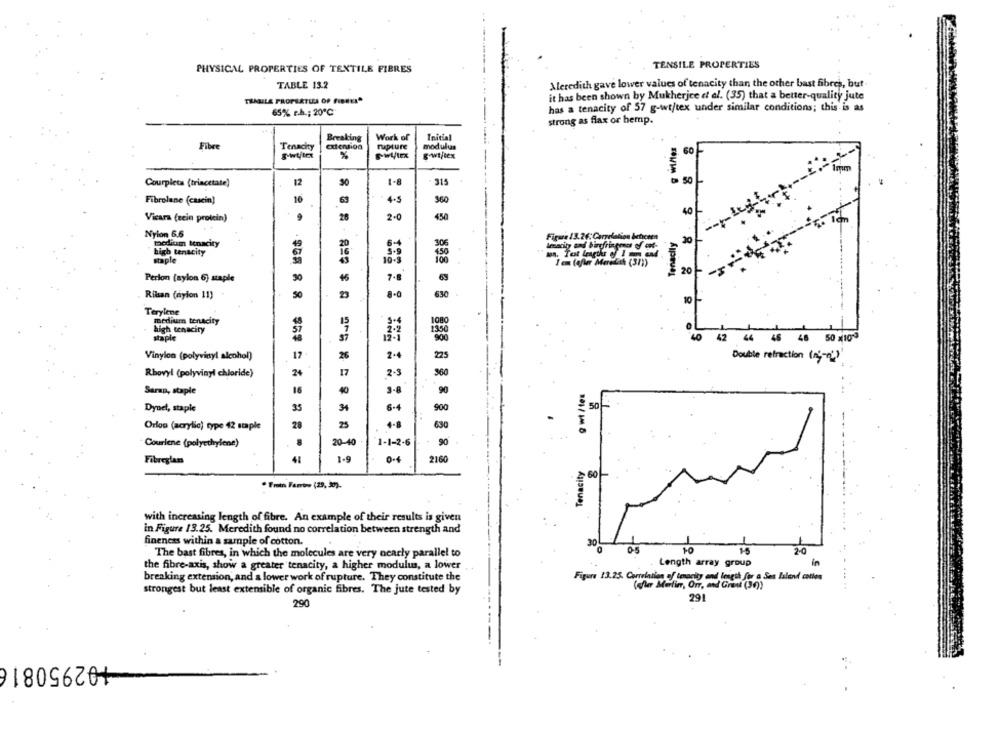
TENSILE PROPERTIES
PHYSICAL PROPERTIES OF TEXTILE FIBRES
TABLE 13.2
Meredith gave lower values of tenacity than the other bast fibres, but
it has been shown by Mukherjee et al. (35) that a better-quality jute
TRAGILA PROPERTIES OF FIRMA"
has a tenacity of 57 g-wt/tex under similar conditions; this is as
65% r.h .; 20℃
strong as flax or hemp.
Breaking
Work of
Initial
Fibre
Tenacity
extension
rupture
modulus
60
g-wtftex
Courpleta (triacetate)
12
1-8
315
50
Fibrolane (cascin)
16
69
4-5
360
Vicara (cein protein)
2.0
450
Nylon 6,6
medium tenacity
Figure 13.26: Carrelation
Tenadily
high tenacity
staple
20
Perlon (nylon 6) staple
50
46
7.
Rikan (nylon 11)
50
23
630
10
Terylene
medium tenacity
high tenacity
staple
37
2 44 46 48 50 x109
Vinylon (polyvinyl alcohol)
17
26
2.4
225
Double refraction (15-)
Rhovy! (polyvinyl chloride)
24
17
2-3
Saran, staple
16
40
Dynel, staple
35
34
6-4
900
50
25
Orlog (acrylic) type 42 staple
28
4-8
630
Courlene (polyethylene)
20-40
1-1-2-6
90
Fibreglass
41
==. ... . . ... = = = = = = =
1-9
0-4
2160
Tenacity
60
. Frin Fartre (29, 90).
with increasing length of fibre. An example of their results is given
in Figure 13.25. Meredith found no correlation between strength and
fineness within a sample of cotton.
30
The bast fibres, in which the molecules are very nearly parallel to
0.5
10
20
Length array group
the fibre-axis, show a greater tenacity, a higher modulus, a lower
breaking extension, and a lower work of rupture. They constitute the
Figure 13.25. Correlation of tenacity and length for a Ses laland cotien
(after Martin, Orr, and Grant (39))
strongest but least extensible of organic fibres. The jute tested by
291
290
102950816